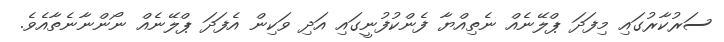
ސަރުކާރުގައި މިފަދަ ޕްލޭނެއް ނެތިއްޔާ ފެންކުފުނީގައި އަދި ވަކިން އެފަދަ ޕްލޭނެއް ނޯންނާނެތާއެވެ.